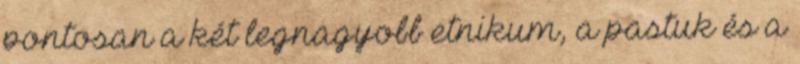
pontosan a két legnagyobb etnikum, a pastuk és a